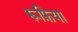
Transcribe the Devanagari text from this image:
रूफ़िया